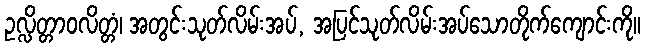
ဥလ္လိတ္တာဝလိတ္တံ၊ အတွင်းသုတ်လိမ်းအပ်, အပြင်သုတ်လိမ်းအပ်သောတိုက်ကျောင်းကို။